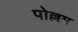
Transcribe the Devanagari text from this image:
पोल्लम